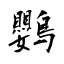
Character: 鸚